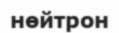
нөйтрон